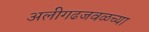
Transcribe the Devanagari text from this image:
अलीगढजवळच्या